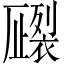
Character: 𧝦